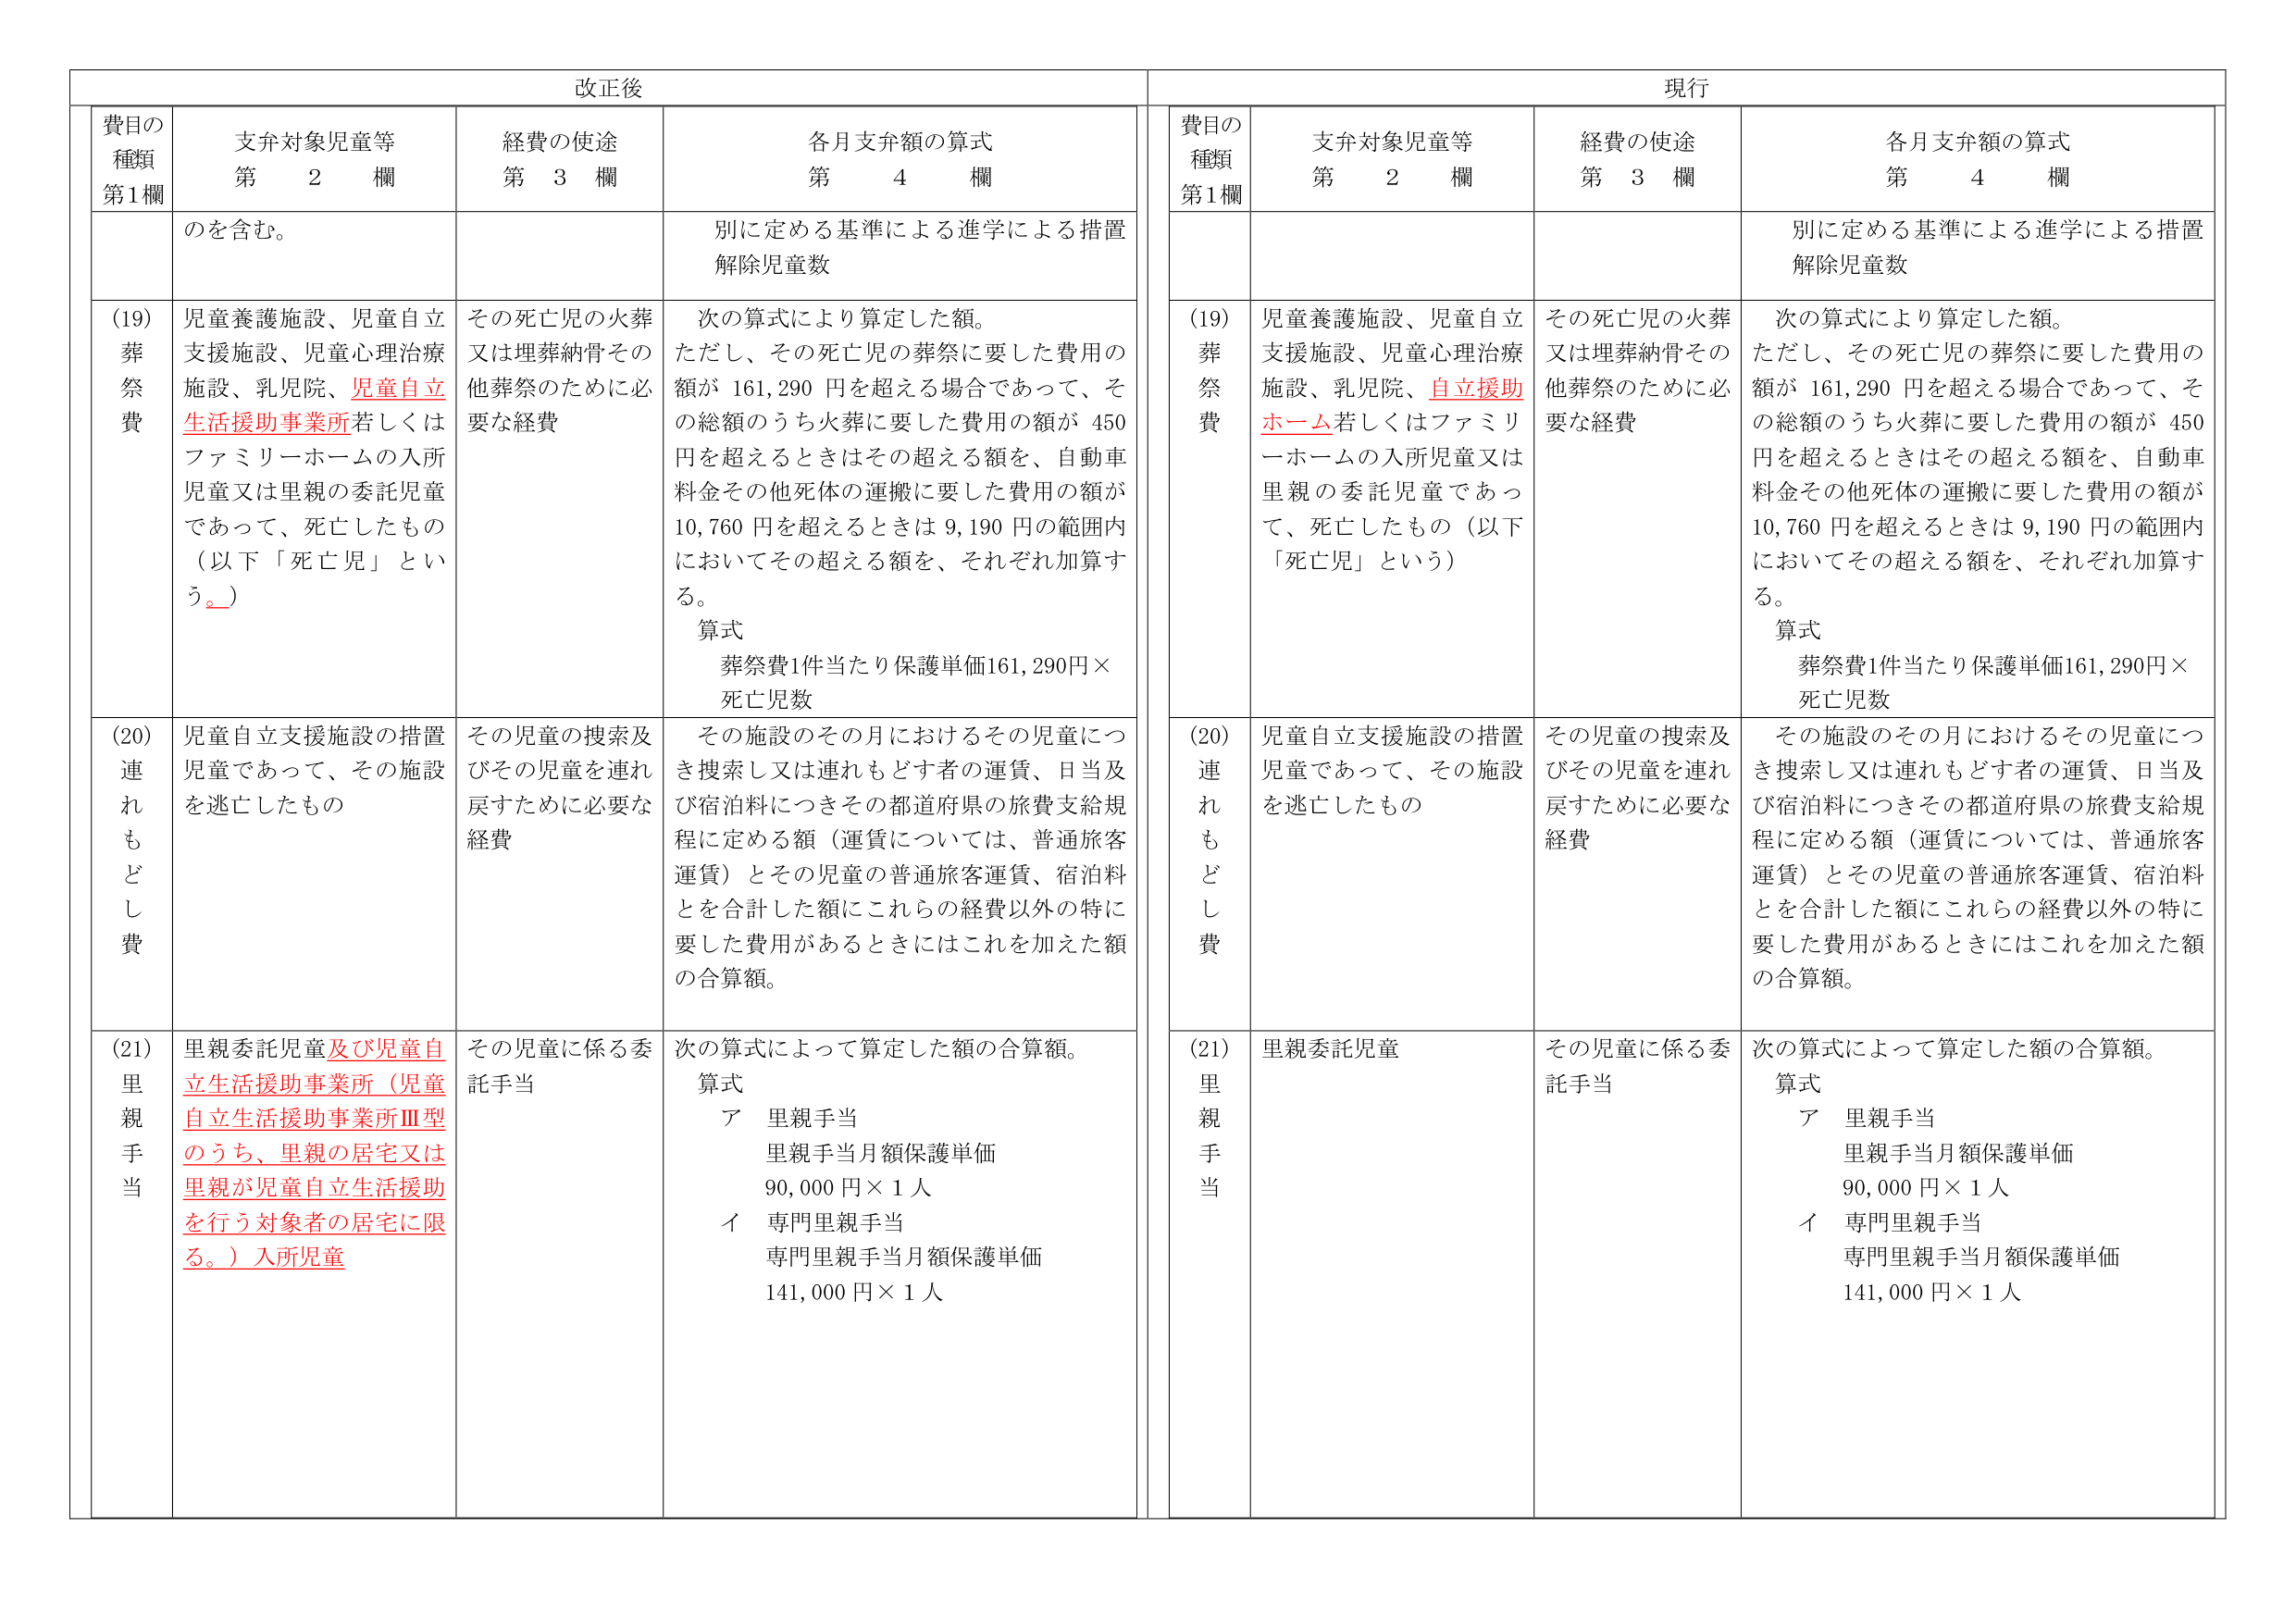
改正後

費目の種類 第1欄
支弁対象児童等 第 2 欄
経費の使途 第 3 欄
各月支弁額の算式 第 4 欄

のを含む。
別に定める基準による進学による措置解除児童数

(19) 葬祭費
児童養護施設、児童自立支援施設、児童心理治療施設、乳児院、児童自立生活援助事業所若しくはファミリーホームの入所児童又は里親の委託児童であって、死亡したもの（以下「死亡児」という。）
その死亡児の火葬又は埋葬納骨その他葬祭のために必要な経費
次の算式により算定した額。
ただし、その死亡児の葬祭に要した費用の額が 161,290 円を超える場合であって、その総額のうち火葬に要した費用の額が 450 円を超えるときはその超える額を、自動車料金その他死体の運搬に要した費用の額が 10,760 円を超えるときは 9,190 円の範囲内においてその超える額を、それぞれ加算する。
算式
葬祭費1件当たり保護単価161,290円×死亡児数

(20) 連れもどし費
児童自立支援施設の措置児童であって、その施設を逃亡したもの
その児童の捜索及びその児童を連れ戻すために必要な経費
その施設のその月におけるその児童につき捜索し又は連れもどす者の運賃、日当及び宿泊料につきその都道府県の旅費支給規程に定める額（運賃については、普通旅客運賃）とその児童の普通旅客運賃、宿泊料とを合計した額にこれらの経費以外の特に要した費用があるときにはこれを加えた額の合算額。

(21) 里親手当
里親委託児童及び児童自立生活援助事業所（児童自立生活援助事業所Ⅲ型のうち、里親の居宅又は里親が児童自立生活援助を行う対象者の居宅に限る。）入所児童
その児童に係る委託手当
次の算式によって算定した額の合算額。
算式
ア 里親手当
里親手当月額保護単価 90,000 円×1人
イ 専門里親手当
専門里親手当月額保護単価 141,000 円×1人

現行

費目の種類 第1欄
支弁対象児童等 第 2 欄
経費の使途 第 3 欄
各月支弁額の算式 第 4 欄

別に定める基準による進学による措置解除児童数

(19) 葬祭費
児童養護施設、児童自立支援施設、児童心理治療施設、乳児院、自立援助ホーム若しくはファミリーホームの入所児童又は里親の委託児童であって、死亡したもの（以下「死亡児」という）
その死亡児の火葬又は埋葬納骨その他葬祭のために必要な経費
次の算式により算定した額。
ただし、その死亡児の葬祭に要した費用の額が 161,290 円を超える場合であって、その総額のうち火葬に要した費用の額が 450 円を超えるときはその超える額を、自動車料金その他死体の運搬に要した費用の額が 10,760 円を超えるときは 9,190 円の範囲内においてその超える額を、それぞれ加算する。
算式
葬祭費1件当たり保護単価161,290円×死亡児数

(20) 連れもどし費
児童自立支援施設の措置児童であって、その施設を逃亡したもの
その児童の捜索及びその児童を連れ戻すために必要な経費
その施設のその月におけるその児童につき捜索し又は連れもどす者の運賃、日当及び宿泊料につきその都道府県の旅費支給規程に定める額（運賃については、普通旅客運賃）とその児童の普通旅客運賃、宿泊料とを合計した額にこれらの経費以外の特に要した費用があるときにはこれを加えた額の合算額。

(21) 里親手当
里親委託児童
その児童に係る委託手当
次の算式によって算定した額の合算額。
算式
ア 里親手当
里親手当月額保護単価 90,000 円×1人
イ 専門里親手当
専門里親手当月額保護単価 141,000 円×1人